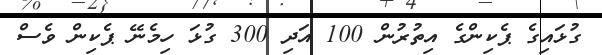
ގުޅައިގެ ޕެކިންގެެ އިތުރުން 100 އަދި 300 ގުޅަ ހިމެނޭ ޕެކިން ވެސް